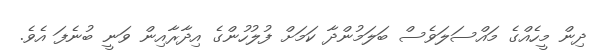
ދިން މީހެއްގެ މައްސަލަވެސް ބަލަމުންދާ ކަމަށް ފުލުހުންގެ އިދާރާއިން ވަނީ ބުނެފަ އެވެ.